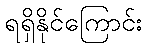
ရရှိနိုင်ကြောင်း